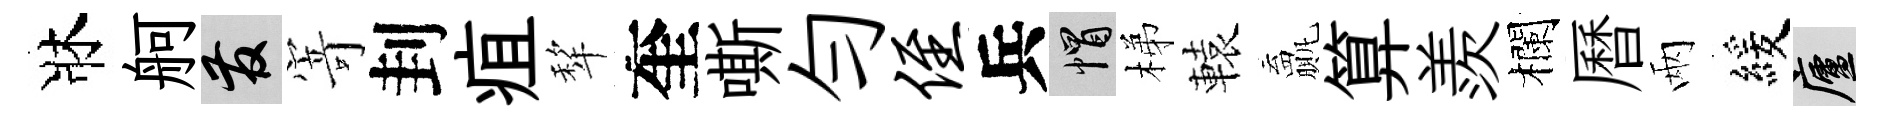
牀舸發𭔃刲疽犂奎嘶勻侄兵帽梯轅贏算羨欄曆兩緩廬